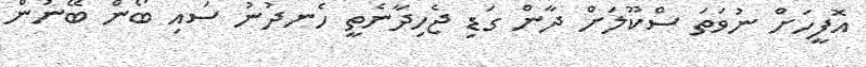
އޮފީހަށް ނުވަތަ ސްކޫލަށް ދާން ގަޑި ޖެހިދާނެތީ ހެނދުނު ސައި ބޯން ބޭނުން